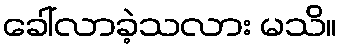
ခေါ်လာခဲ့သလား မသိ။